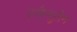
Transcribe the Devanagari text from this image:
एन्कैप्सुलेन